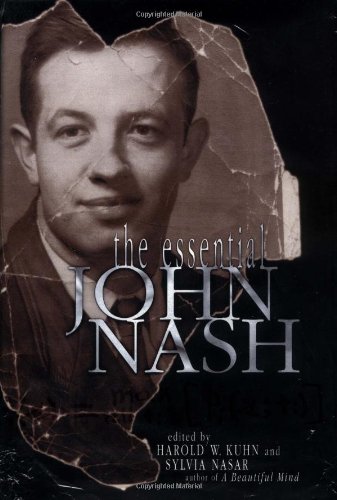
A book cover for The Essential John Nash; John Nash; Science & Math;